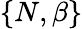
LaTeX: \{ N,\beta\}